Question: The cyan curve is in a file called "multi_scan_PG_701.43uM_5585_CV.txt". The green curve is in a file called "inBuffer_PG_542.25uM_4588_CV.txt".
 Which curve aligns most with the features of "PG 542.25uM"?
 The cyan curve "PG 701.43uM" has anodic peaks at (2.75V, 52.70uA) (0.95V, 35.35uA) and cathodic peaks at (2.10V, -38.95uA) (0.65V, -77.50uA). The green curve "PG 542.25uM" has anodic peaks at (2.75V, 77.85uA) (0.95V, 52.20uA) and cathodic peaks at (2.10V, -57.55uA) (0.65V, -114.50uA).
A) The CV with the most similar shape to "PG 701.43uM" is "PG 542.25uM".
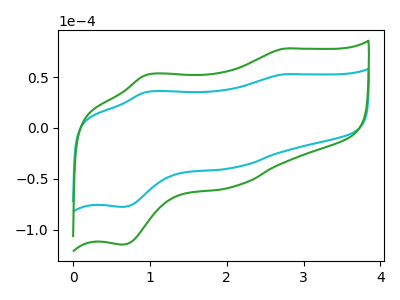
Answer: <think>All the peaks in "PG 701.43uM" have a peak in "PG 542.25uM" at the same potential. Every peak in "PG 701.43uM" is lower than every peak in "PG 542.25uM".
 </think>
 <answer>A) The CV with the most similar shape to "PG 701.43uM" is "PG 542.25uM".</answer>
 <eval>A</eval>